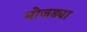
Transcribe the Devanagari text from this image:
मोजड्या